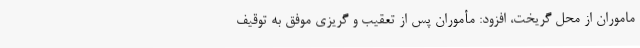
ماموران از محل گریخت، افزود: مأموران پس از تعقیب و گریزی موفق به توقیف